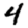
Digit: 4